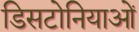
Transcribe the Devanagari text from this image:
डिसटोनियाओं